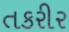
તકરીર